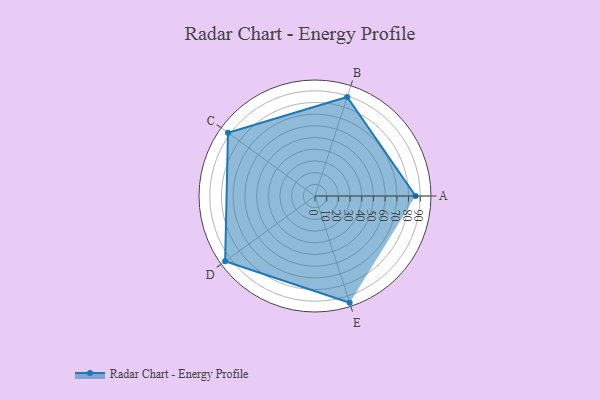
{"axis": {"x": "Skill", "y": "Score"}, "legend": ["Profile"], "data": [{"x": "A", "y": 86.0, "type": "Profile"}, {"x": "B", "y": 89.0, "type": "Profile"}, {"x": "C", "y": 92.0, "type": "Profile"}, {"x": "D", "y": 95.0, "type": "Profile"}, {"x": "E", "y": 96.0, "type": "Profile"}]}